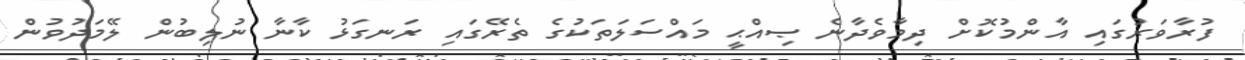
ފުރާވަރުގައި އާންމުކޮށް ދިމާވެދާނެ ޞިއްޙީ މައްސަލަތަކުގެ ތެރޭގައި ރަނގަޅު ކާނާ ނުލިބުން ލޭމަދުވުން